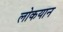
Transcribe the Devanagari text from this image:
लोकयान